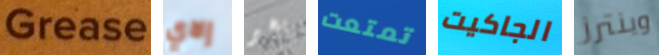
Grease إلاي بخير تمتعت الجاكيت وينترز